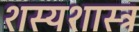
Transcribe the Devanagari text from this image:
शस्यशास्त्र